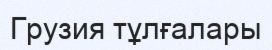
Грузия тұлғалары